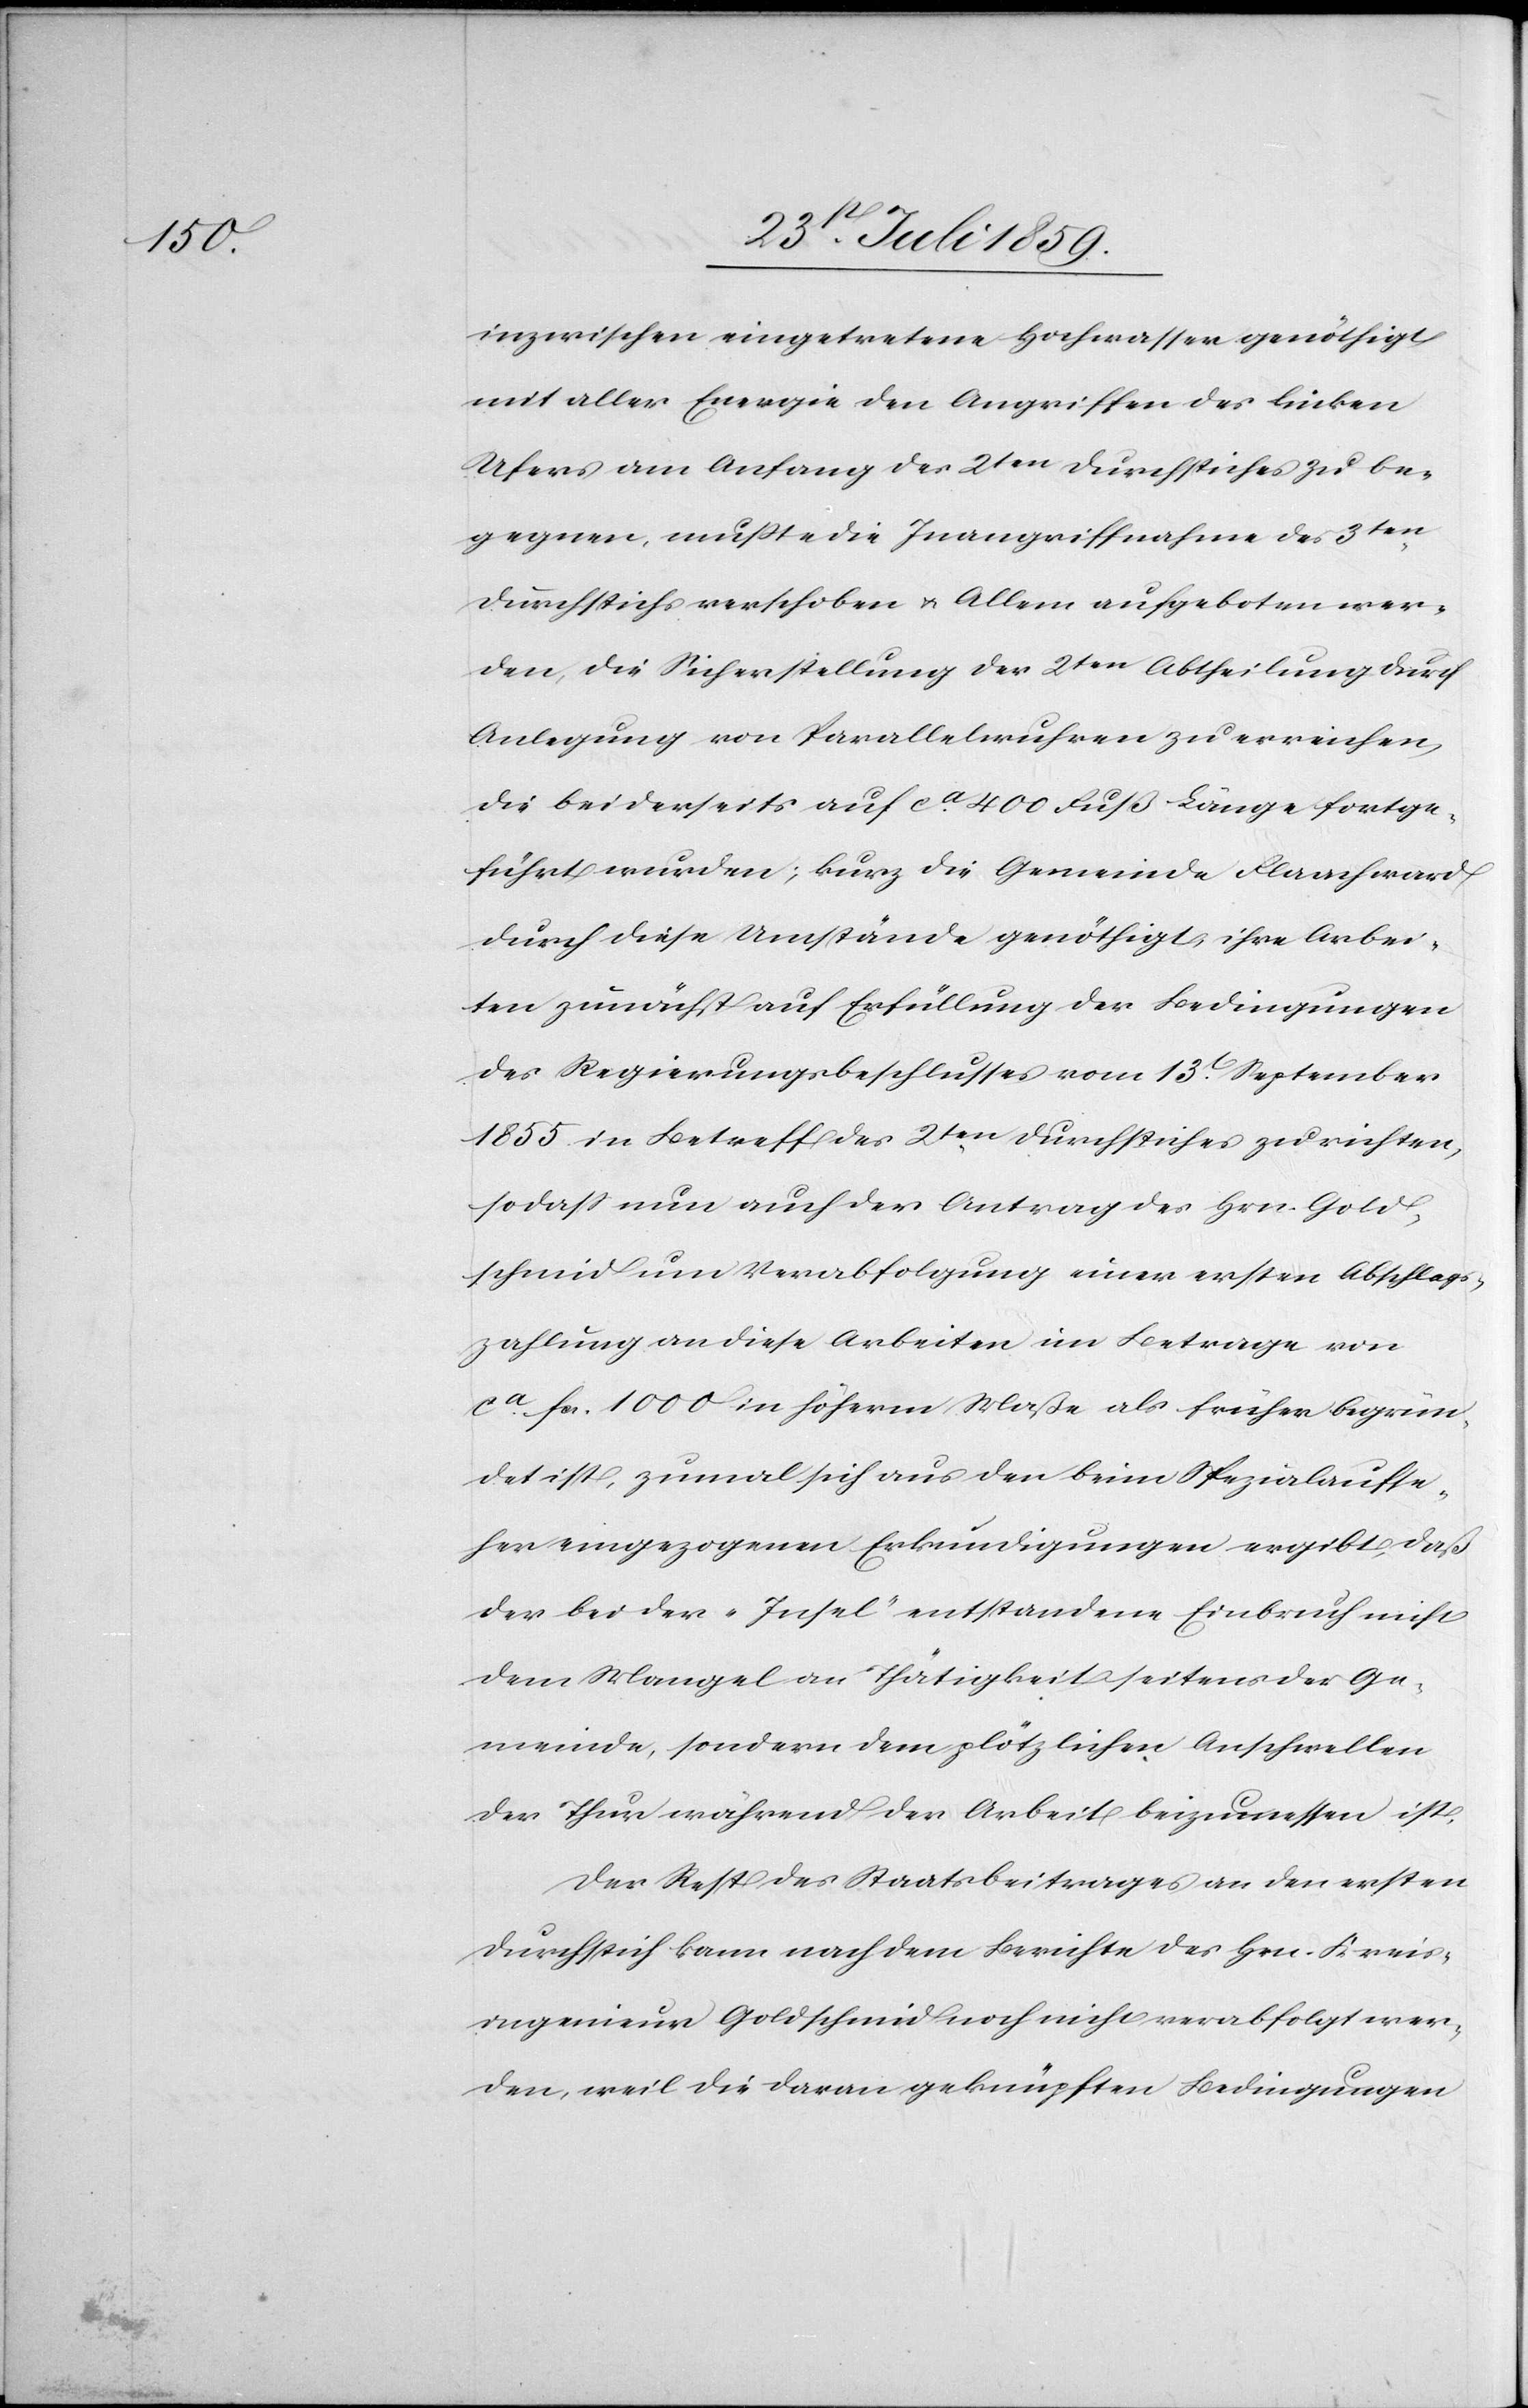
inzwischen eingetretene Hochwasser genöthigt
mit aller Energie den Angriffen des linken
Ufers am Anfang der 2ten Durchstiches zu be¬
gegnen, mußte die Inangriffnahme des 3ten
Durchstichs verschoben u. Allem aufgeboten wer¬
den, die Sicherstellung der 2ten Abtheilung durch
Anlegung von Parallelwuhren zu erreichen,
die beiderseits auf ca. 400 Fuß Länge fortge¬
führt wurden; kurz die Gemeinde Flaach ward
durch diese Umstände genöthigt, ihre Arbei¬
ten zunächst auf Erfüllung der Bedingungen
des Regierungsbeschlusses vom 13t[en]. September
1855 in Betreff des 2ten Durchstiches zu richten,
sodaß nun auch der Antrag des Hrn. Gold¬
schmid um Verabfolgung einer ersten Abschlags¬
zahlung an diese Arbeiten im Betrage von
ca. fcs. 1000 in höherm Maße als früher begrün¬
det ist, zumal sich aus den beim Spezialaufse¬
her eingezogenen Erkundigungen ergibt, daß
der bei der „Insel“ entstandene Einbruch nicht
dem Mangel an Thätigkeit seitens der Ge¬
meinde, sondern dem plötzlichen Anschwellen
der Thur während der Arbeit beizumessen ist.
Der Rest des Staatsbeitrages an den ersten
Durchstich kann nach dem Berichte des Hrn. Kreis¬
ingenieur Goldschmid noch nicht verabfolgt wer¬
den, weil die daran geknüpften Bedingungen